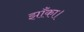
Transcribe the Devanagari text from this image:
झाँका।